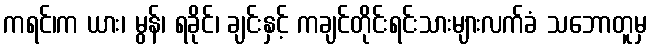
ကရင်၊က ယား၊ မွန်၊ ရခိုင်၊ ချင်းနှင့် ကချင်တိုင်းရင်းသားများလက်ခံ သဘောတူမှ